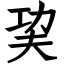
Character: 巭